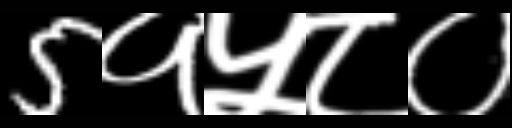
Text: 5१५८०